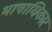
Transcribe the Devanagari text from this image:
भाषाधिकार